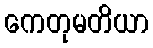
ကေတုမတိယာ